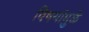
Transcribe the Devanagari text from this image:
विषयांमुळे